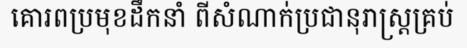
គោរពប្រមុខដឹកនាំ ពីសំណាក់ប្រជានុរាស្ត្រគ្រប់